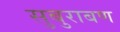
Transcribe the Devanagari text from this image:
सुबुराबण